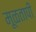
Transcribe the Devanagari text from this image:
मूळतापी